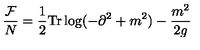
\frac { { \cal F } } { N } = \frac { 1 } { 2 } \mathrm { T r } \log ( - \partial ^ { 2 } + m ^ { 2 } ) - \frac { m ^ { 2 } } { 2 g }